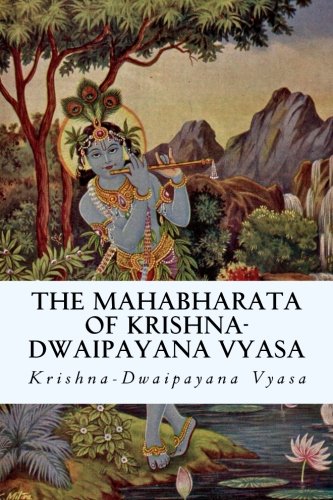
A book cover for The Mahabharata of Krishna-Dwaipayana Vyasa; Krishna-Dwaipayana Vyasa; Religion & Spirituality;